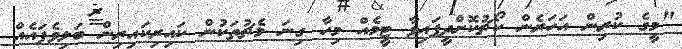
"މީގެ ކުރިން އަހަރެން ކޯޗުކޮށްދީފައިވާ ޓީމެއް މިހާ ގިނަ މެޗުތަކުން ކައިރިކައިރިން ބަލިވެފައެއް